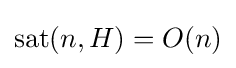
\operatorname {sat} (n,H)=O(n)